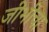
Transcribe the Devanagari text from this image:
जीभीचा